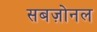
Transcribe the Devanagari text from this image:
सबज़ोनल